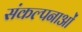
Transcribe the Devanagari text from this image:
संकल्‍पनाओं